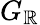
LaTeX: G_{\mathbb{R}}